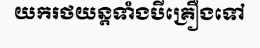
យករថយន្តទាំងបីគ្រឿងទៅ